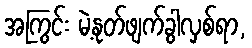
အကြွင်း မဲ့နုတ်ဖျက်ခွါလှစ်ရာ,